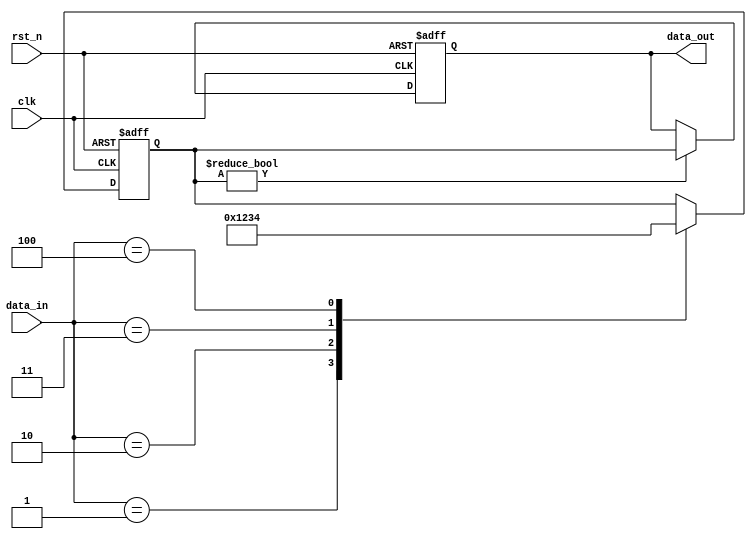
module sequential_logic(
    input wire clk,           // Clock input
    input wire rst_n,        // Active-low reset
    input wire [3:0] data_in, // 4-bit data input
    output reg [3:0] data_out // 4-bit data output
);

// Internal variable for controlling state
reg [3:0] state;

// Initialization of the state and output
initial begin
    state = 4'b0000; // Default state
    data_out = 4'b0000; // Default output
end

// Sequential logic block
always @(posedge clk or negedge rst_n) begin
    if (!rst_n) begin
        // Reset condition
        state <= 4'b0000; // Clear state
        data_out <= 4'b0000; // Clear output
    end else begin
        // Update the state and output based on input conditions
        case (data_in)
            4'b0001: state <= 4'b0001; // Set state to 1
            4'b0010: state <= 4'b0010; // Set state to 2
            4'b0011: state <= 4'b0011; // Set state to 3
            4'b0100: state <= 4'b0100; // Set state to 4
            default: state <= state; // Maintain current state
        endcase
        
        // Example condition to update output
        if (state != 4'b0000) begin
            data_out <= state; // Update output with current state
        end
    end
end

endmodule